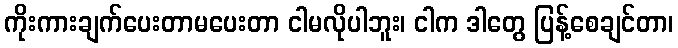
ကိုးကားချက်ပေးတာမပေးတာ ငါမလိုပါဘူး၊ ငါက ဒါတွေ ပြန့်စေချင်တာ၊